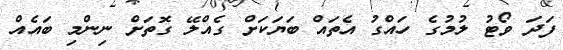
ފަދަ ވޯޓު ލުމުގެ ހައްގު އެތައް ބަޔަކަށް ގެއްލޭ ގޮތަށް ނިންމި ބައެއް